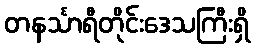
တနင်္သာရီတိုင်းဒေသကြီးရှိ